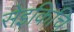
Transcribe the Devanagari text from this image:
सेइकिचि